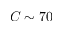
C \sim 7 0